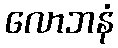
လောဘနံ